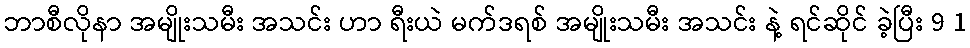
ဘာစီလိုနာ အမျိုးသမီး အသင်း ဟာ ရီးယဲ မက်ဒရစ် အမျိုးသမီး အသင်း နဲ့ ရင်ဆိုင် ခဲ့ပြီး 9 1